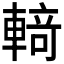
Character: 𰹝